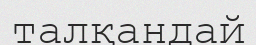
талқандай